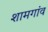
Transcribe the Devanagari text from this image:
शामगांव